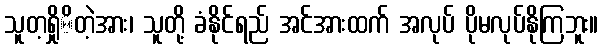
သူတ့ရှိုိတဲ့အား၊ သူတို့ ခံနိုင်ရည် အင်အားထက် အလုပ် ပိုမလုပ်နိုကြဘူး။